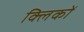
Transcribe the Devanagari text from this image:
क्लिकों